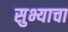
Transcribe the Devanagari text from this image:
सुभ्याचा